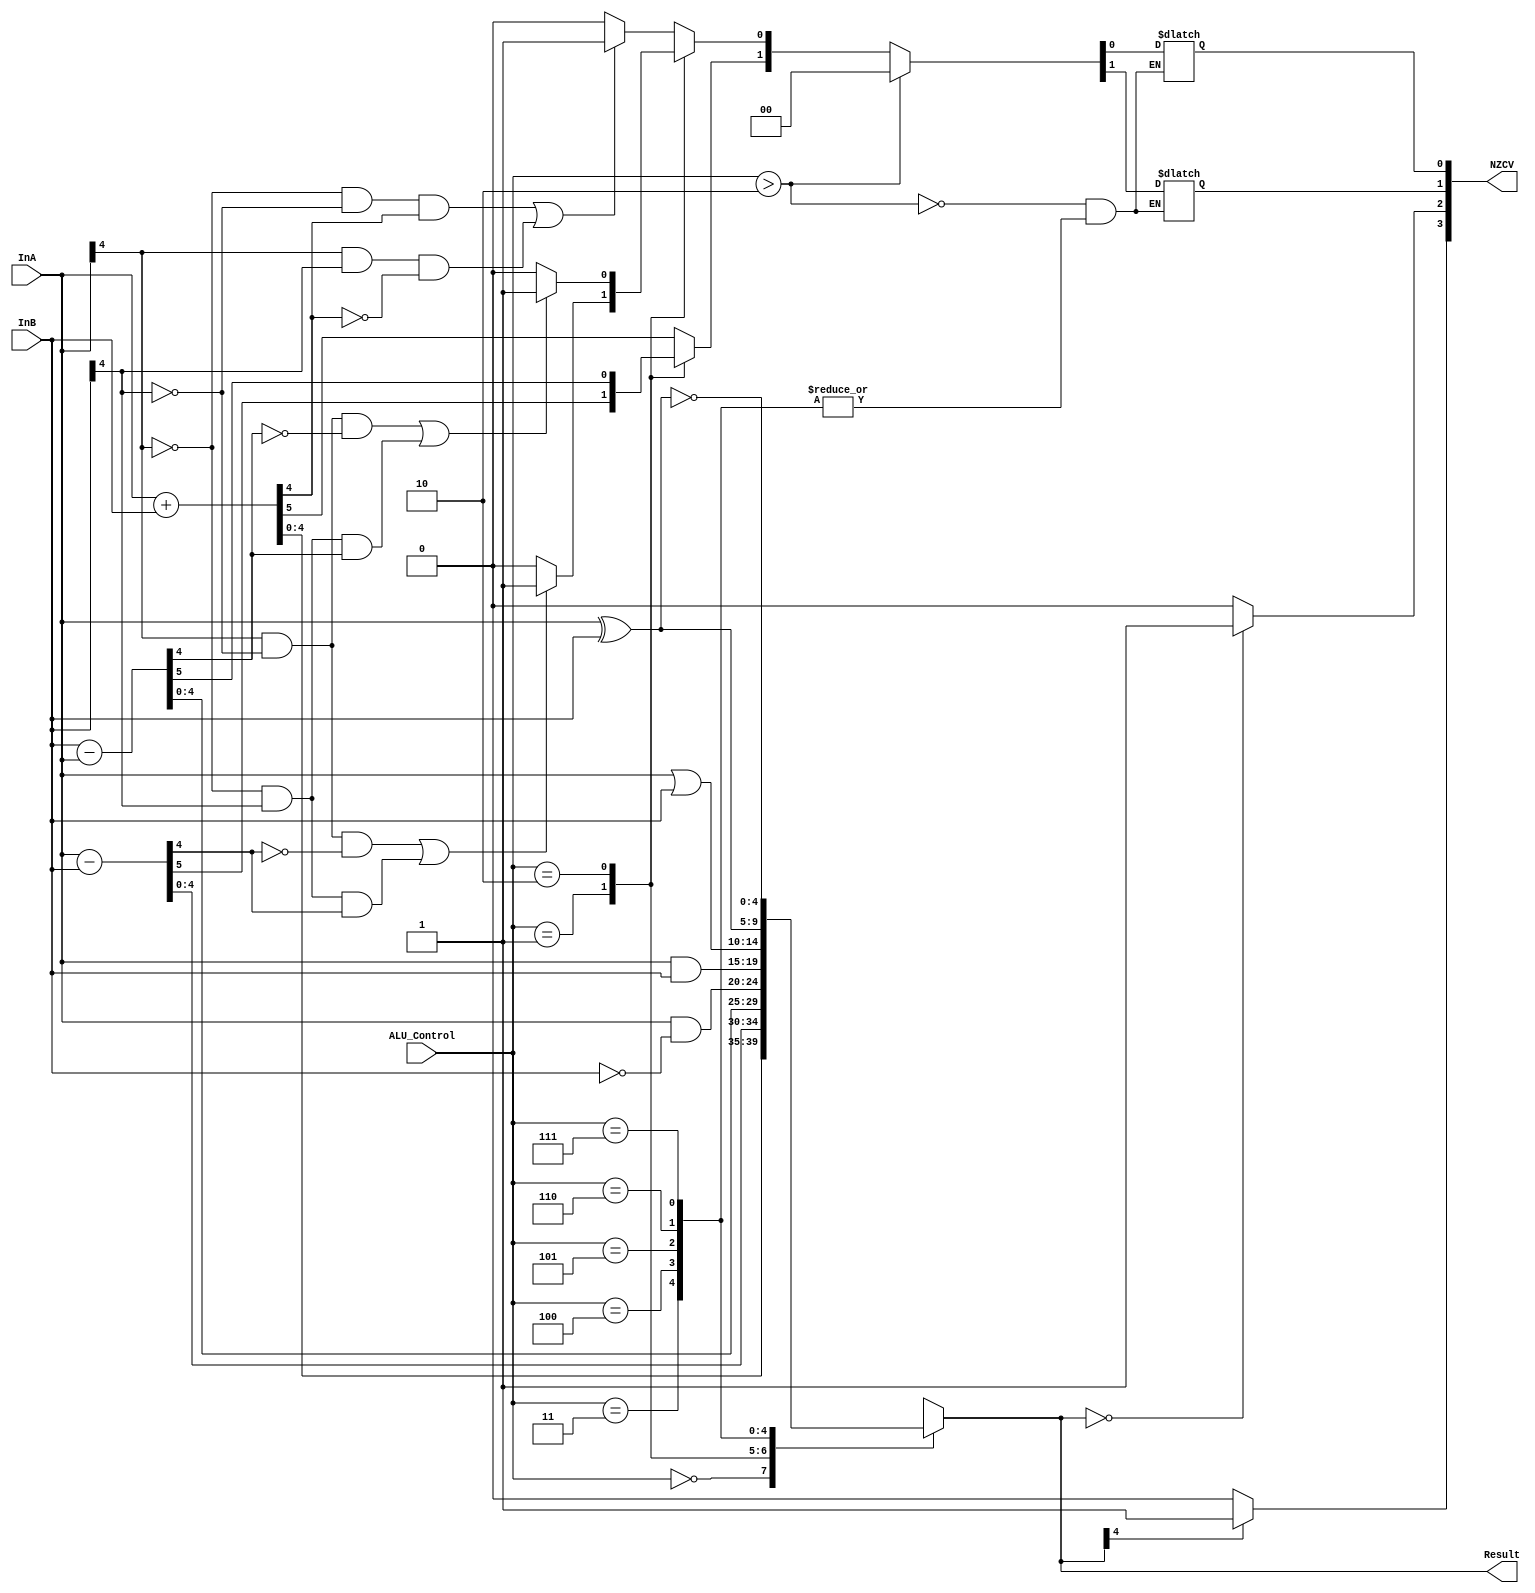
module Wbit_ALU_2305001 #(parameter W=5)(InA,InB,ALU_Control,Result,NZCV);
			output reg[W-1:0] Result;
			output reg[3:0] NZCV;
			input wire signed [W-1:0] InA,InB;
			input [2:0] ALU_Control;
			always@(InA, InB, ALU_Control)begin
				case(ALU_Control)
					3'b000:	begin 
									{NZCV[1],Result[W-1:0]}=InA+InB;
									if(((InA[W-1]==0)&(InB[W-1]==0)&(Result[W-1]==1))|(((InA[W-1]==1)&(InB[W-1]==1)&(Result[W-1]==0))))
										NZCV[0]=1;
									else NZCV[0]=0;
								end
					3'b001:	begin
									{NZCV[1],Result[W-1:0]}=InA-InB;
									if(((InA[W-1]==1)&(InB[W-1]==0)&(Result[W-1]==0))|((InA[W-1]==0)&(InB[W-1]==1)&(Result[W-1]==1)))
										NZCV[0]=1;
									else NZCV[0]=0;
								end
					3'b010: begin
									{NZCV[1],Result[W-1:0]}=InB-InA;
									if(((InA[W-1]==1)&(InB[W-1]==0)&(Result[W-1]==0))|((InA[W-1]==0)&(InB[W-1]==1)&(Result[W-1]==1)))
										NZCV[0]=1;
									else NZCV[0]=0;
								end
					3'b011: Result=InA&(~InB);
					3'b100: Result=InA&InB;
					3'b101: Result=InA|InB;
					3'b110: Result=InA^InB;
					3'b111: Result=~(InA^InB);
					default: Result=InA;
				endcase
				if(Result[W-1]==1)NZCV[3]=1;
				else NZCV[3]=0 ;
				if(Result==0)NZCV[2]=1;
				else NZCV[2]=0;
				if(ALU_Control>2)
				NZCV[1:0]='b00;
			end		
endmodule